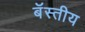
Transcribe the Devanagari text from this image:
बॅस्तीय